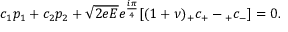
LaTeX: c _ { 1 } p _ { 1 } + c _ { 2 } p _ { 2 } + \sqrt { 2 e E } e ^ { \frac { i \pi } { 4 } } [ ( 1 + \nu ) { } _ { + } c _ { + } - { } _ { + } c _ { - } ] = 0 .